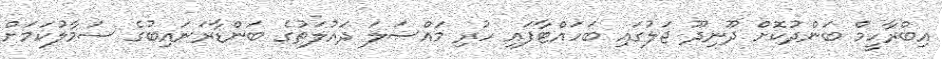
އިބްރާހީމް ބަންދުކޮށް ދޫނިދޫ ޖަލުގައި ބަހައްޓާފައި ހުރި މައްސަލަ ދައުލަތުގެ ބަންޑާރަނައިބުގެ ސަމާލުކަމަށް